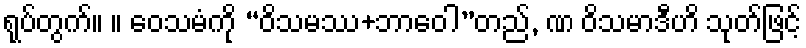
ရုပ်တွက်။ ။ ဝေသမံကို “ဝိသမဿ+ဘာဝေါ”တည်, ဏ ဝိသမာဒီဟိ သုတ်ဖြင့်